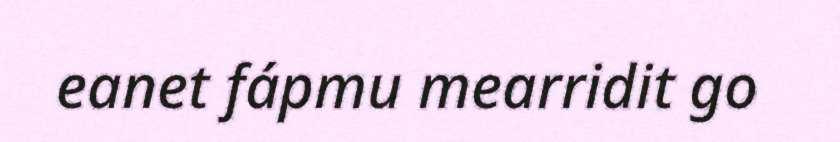
eanet fápmu mearridit go